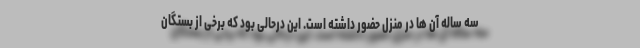
سه ساله آن ها در منزل حضور داشته است. این درحالی بود که برخی از بستگان